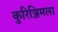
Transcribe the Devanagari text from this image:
कुरिञ्जिमला